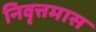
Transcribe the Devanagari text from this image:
निवृत्तमास